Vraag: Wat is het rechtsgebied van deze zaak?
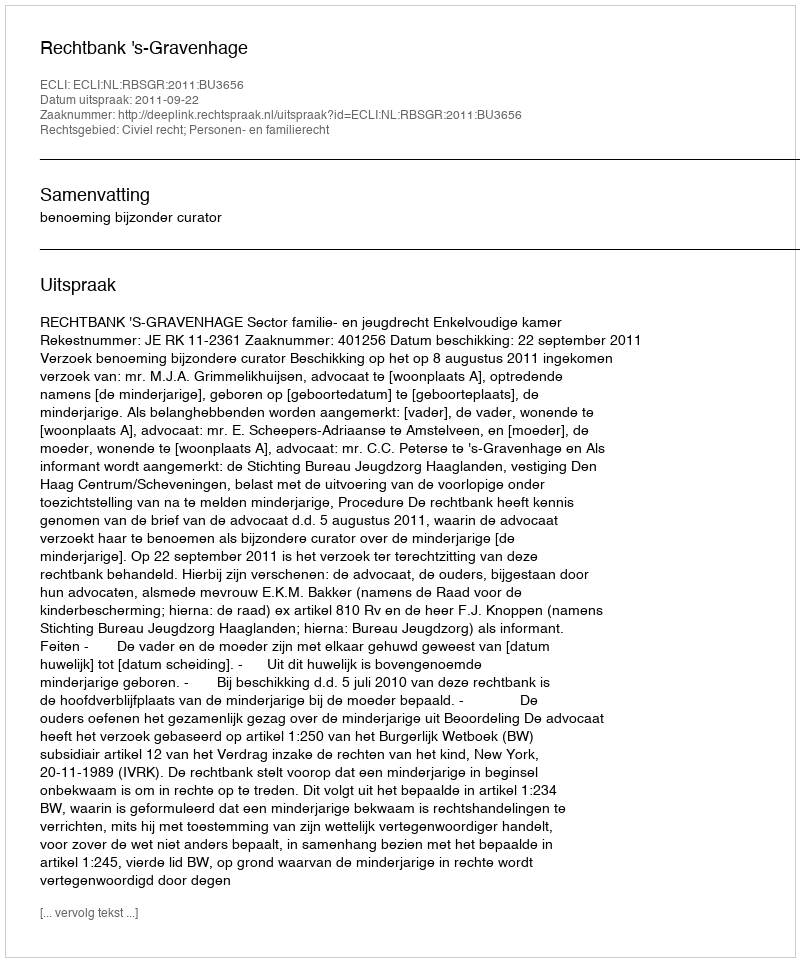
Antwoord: Civiel recht; Personen- en familierecht